Notes on vaccination in the North-West Frontier Province 1923-1928 - 1923-1928
Year: 1923
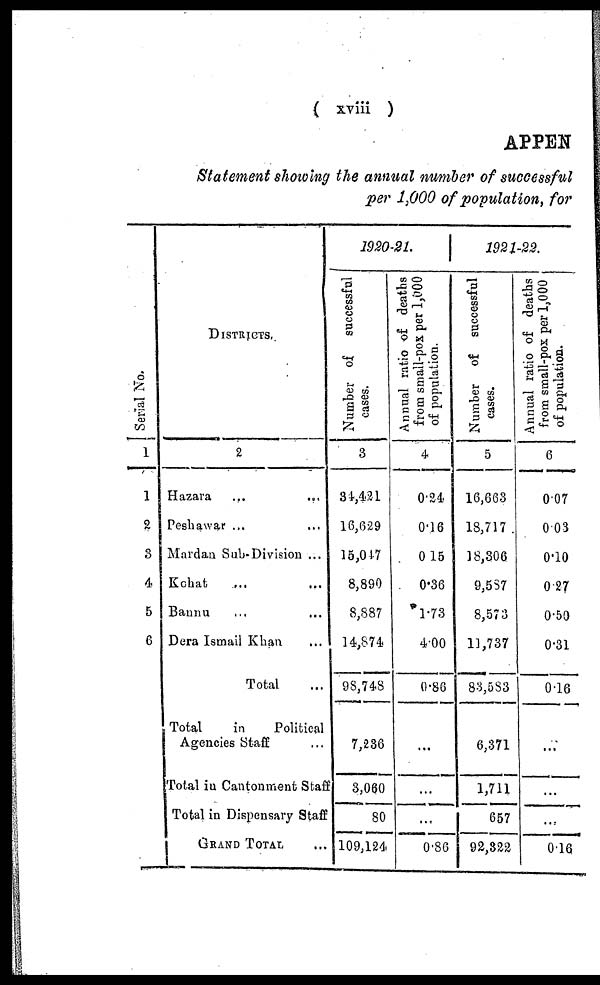
( xviii )
APPEN
Statement showing the annual number of successful
per 1,000 of population, for
Serial No.
1
1
2
3
4
5
6
DISTRICTS.
2
Hazara ... ...
Peshawar ... ...
Mardan Sub-Division ...
Kohat... ...
Bannu ...
Dera Ismail Khan ...
Total ...
Total
in
Political
Agencies Staff ...
Total in Cantonment Staff
Total in Dispensary Staff
GRAND TOTAL ...
1920-21.
Number of successful
cases.
3
34,421
16,629
15,047
8,890
8,887
14,874
98,748
7,236
3,060
80
109,124
Annual ratio of deaths
from small-pox per 1,000
of population.
4
0.24
0.16
0.15
0.36
1.73
4.00
0.86
...
...
...
0.86
1921-22.
Number of successful
cases.
5
16,663
18,717
18,306
9,587
8,573
11,737
83,583
6,371
1,711
657
92,322
Annual ratio of deaths
from small-pox per 1,000
of population.
6
0.07
0.03
0.10
0.27
0.50
0.31
0.16
...
...
...
0.16